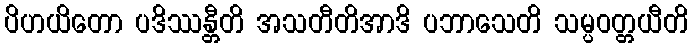
ပိဟယိတော ပဒိဿန္တီတိ အသတီတိအာဒိ ပဘာသေတိ သမ္ပဝတ္တယီတိ